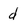
Character: d